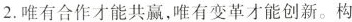
2.唯有合作才能共赢，唯有变革才能创新。构